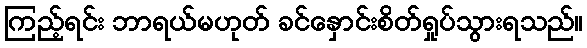
ကြည့်ရင်း ဘာရယ်မဟုတ် ခင်နှောင်းစိတ်ရှုပ်သွားရသည်။